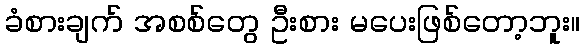
ခံစားချက် အစစ်တွေ ဦးစား မပေးဖြစ်တော့ဘူး။